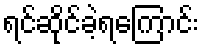
ရင်ဆိုင်ခဲ့ရကြောင်း